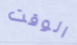
الوقت